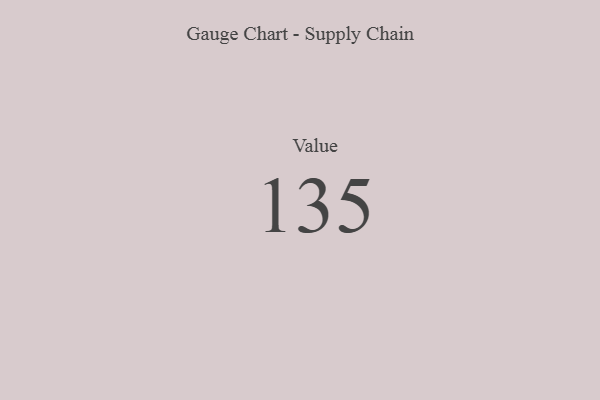
{"axis": {"x": "Metric", "y": "Value"}, "legend": [""], "data": [{"x": "Value", "y": 135, "type": ""}]}